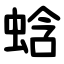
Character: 蛿